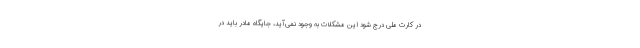
در کارت ملی درج شود این مشکلات به وجود نمی‌آید، جایگاه مادر باید در